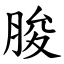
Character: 脧